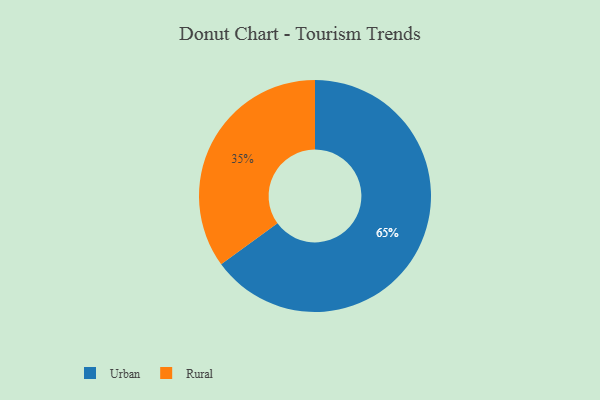
{"axis": {"x": "Category", "y": "Percentage"}, "legend": ["Rural", "Urban"], "data": [{"x": "Urban", "y": 65, "type": "Urban"}, {"x": "Rural", "y": 35, "type": "Rural"}]}